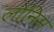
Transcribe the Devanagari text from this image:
लोंनिस